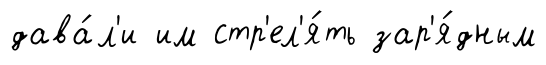
дава́л'и им стр'ел'я́ть зар'я́дным